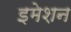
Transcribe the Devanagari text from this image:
इमेशन